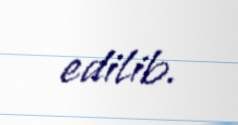
edilib.